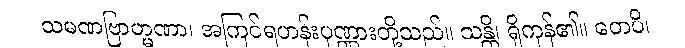
သမဏဗြာဟ္မဏာ၊ အကြင်ရဟန်းပုဏ္ဏားတို့သည်။ သန္တိ၊ ရှိကုန်၏။ တေပိ၊